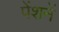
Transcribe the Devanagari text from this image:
पेंशनें